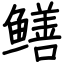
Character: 鳝